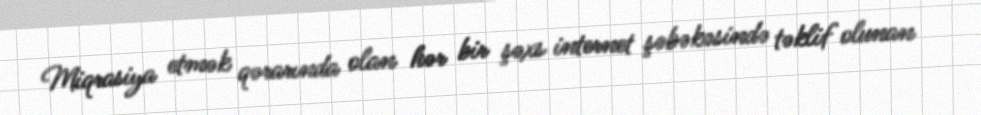
Miqrasiya etmək qərarında olan hər bir şəxs internet şəbəkəsində təklif olunan